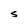
Character: S